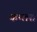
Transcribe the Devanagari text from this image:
कप्लस